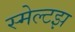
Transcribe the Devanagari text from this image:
स्मेल्टझ